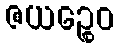
ဇယဉ္စေဝ